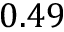
0 . 4 9